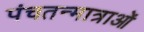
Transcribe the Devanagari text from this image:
पंचतन्मात्राओं